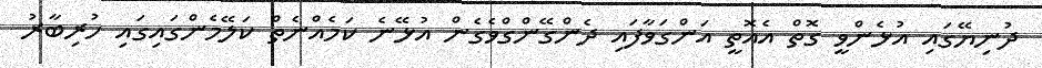
ދުނިޔޭގައި އުޅެންވީ ގޮތް އެއޮތީ އަންގަވާފައި ދެންގޭންގްވެގެން އުޅޭނެ ކަމެއްނެތް ކަލޭމެންގައިގައި ހުރިބާރު